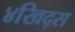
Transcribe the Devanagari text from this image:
४खिद्स